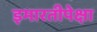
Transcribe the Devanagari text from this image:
इमारतीपेक्षा